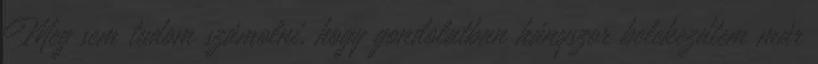
Meg sem tudom számolni, hogy gondolatban hányszor belekezdtem már